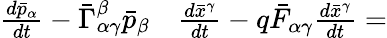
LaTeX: \begin{array}{rl}{{\frac{d{\bar{p}}_{\alpha}}{dt}}-{\bar{\Gamma}}_{\alpha\gamma}^{\beta}{\bar{p}}_{\beta}}&{{}{\frac{d{\bar{x}}^{\gamma}}{dt}}-q{\bar{F}}_{\alpha\gamma}{\frac{d{\bar{x}}^{\gamma}}{dt}}=}\end{array}